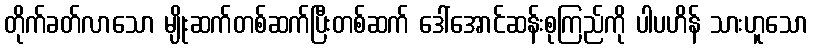
တိုက်ခတ်လာသော မျိုးဆက်တစ်ဆက်ပြီးတစ်ဆက် ဒေါ်အောင်ဆန်းစုကြည်ကို ပါပဟိန် သားဟူသော